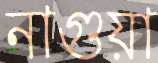
নাগুয়া